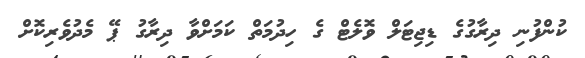
ކުންފުނި ދިރާގުގެ ޑިޖިޓަލް ވޮލެޓް ގެ ހިދުމަތް ކަމަށްވާ ދިރާގު ޕޭ މެދުވެރިކޮށް